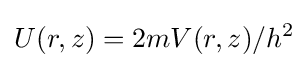
U(r,z)=2mV(r,z)/h^{2}